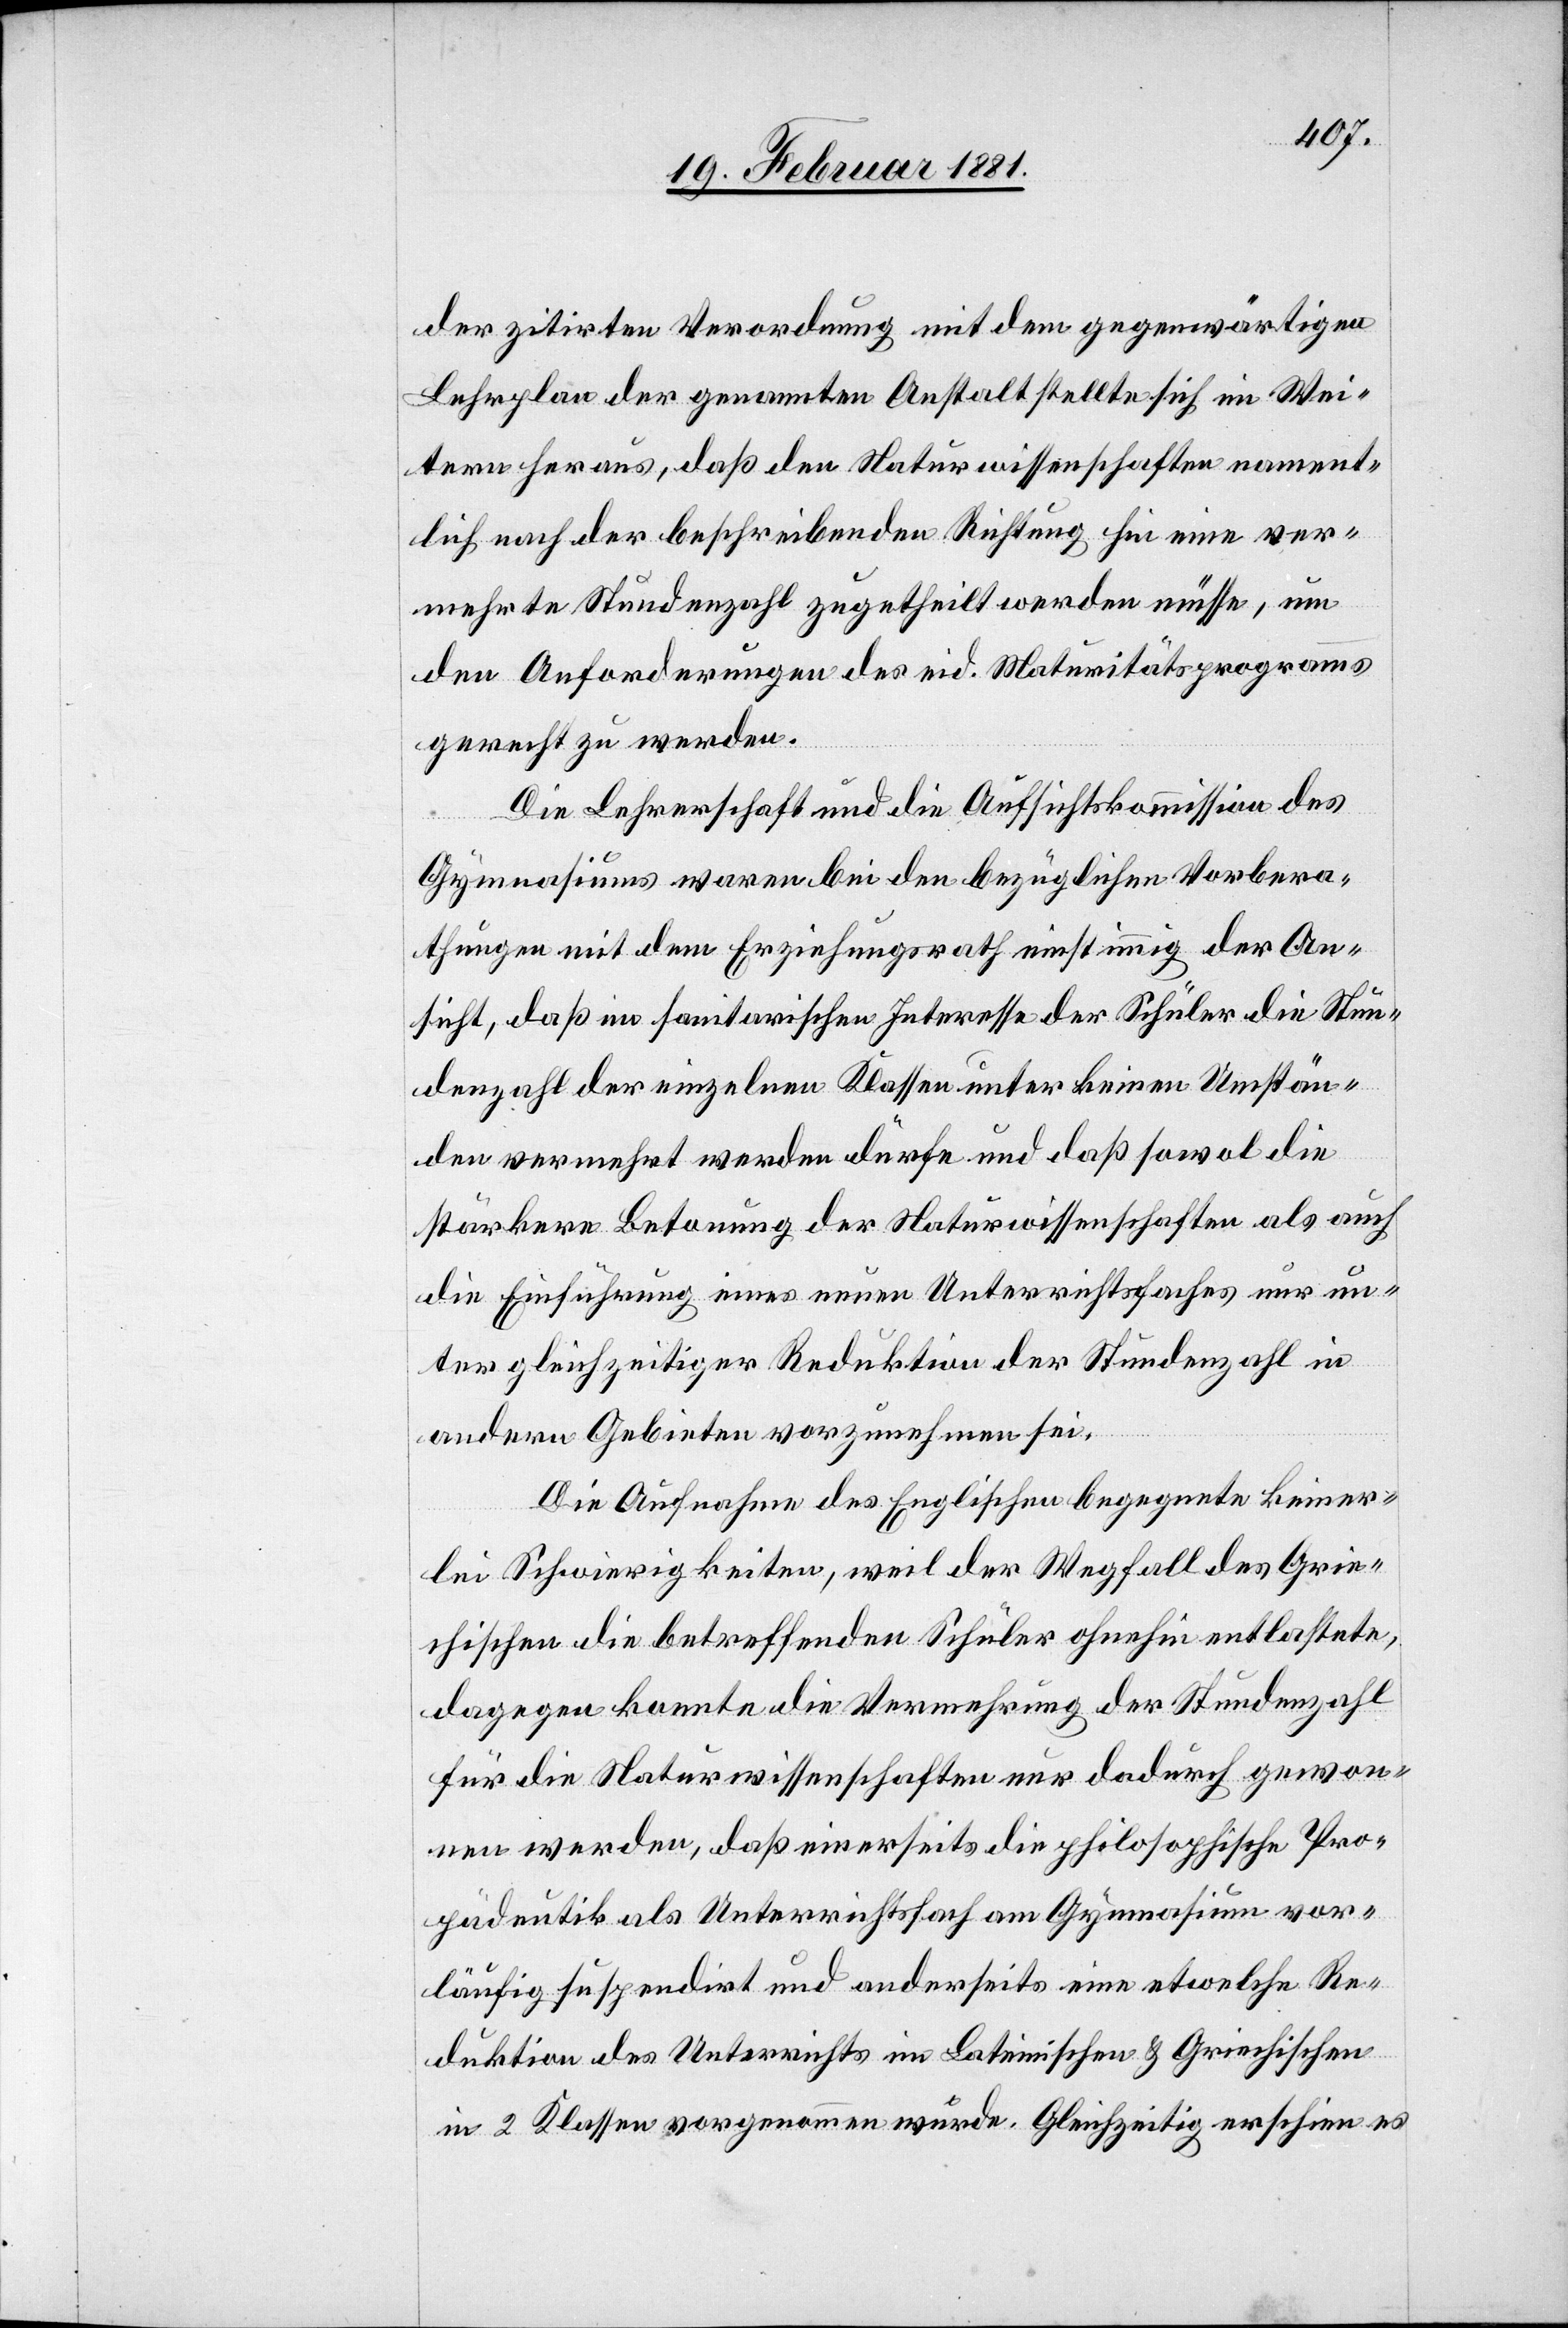
der zitirten Verordnung mit dem gegenwärtigen
Lehrplan der genannten Anstalt stellte sich im Wei¬
tern heraus, daß den Naturwissenschaften nament¬
lich nach der beschreibenden Richtung hin eine ver¬
mehrte Stundenzahl zugetheilt werden müsse, um
den Anforderungen des eid. Maturitätsprogramms
gerecht zu werden.
Die Lehrerschaft und die Aufsichtskommission des
Gymnasiums waren bei den bezüglichen Vorbera¬
thungen mit dem Erziehungsrath einstimmig der An¬
sicht, daß im sanitarischen Interesse der Schüler die Stun¬
denzahl der einzelnen Klassen unter keinen Umstän¬
den vermehrt werden dürfe und daß sowol die
stärkere Betonung der Naturwissenschaften als auch
die Einführung eines neuen Unterrichtsfaches nur un¬
ter gleichzeitiger Reduktion der Stundenzahl in
andern Gebieten vorzunehmen sei.
Die Aufnahme des Englischen begegnete keiner¬
lei Schwierigkeiten, weil der Wegfall des Grie¬
chischen die betreffenden Schüler ohnehin entlastete,
dagegen konnte die Vermehrung der Stundenzahl
für die Naturwissenschaften nur dadurch gewon¬
nen werden, daß einerseits die philosophische Pro¬
pädeutik als Unterrichtsfach am Gymnasium vor¬
läufig suspendirt und anderseits eine etwelche Re¬
duktion des Unterrichtes im Lateinischen & Griechischen
in 2 Klassen vorgenommen wurde. Gleichzeitig erschien es